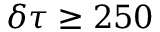
\delta \tau \geq 2 5 0